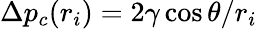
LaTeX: \Delta p_{c}(r_{i})={2\gamma\cos\theta}/{r_{i}}